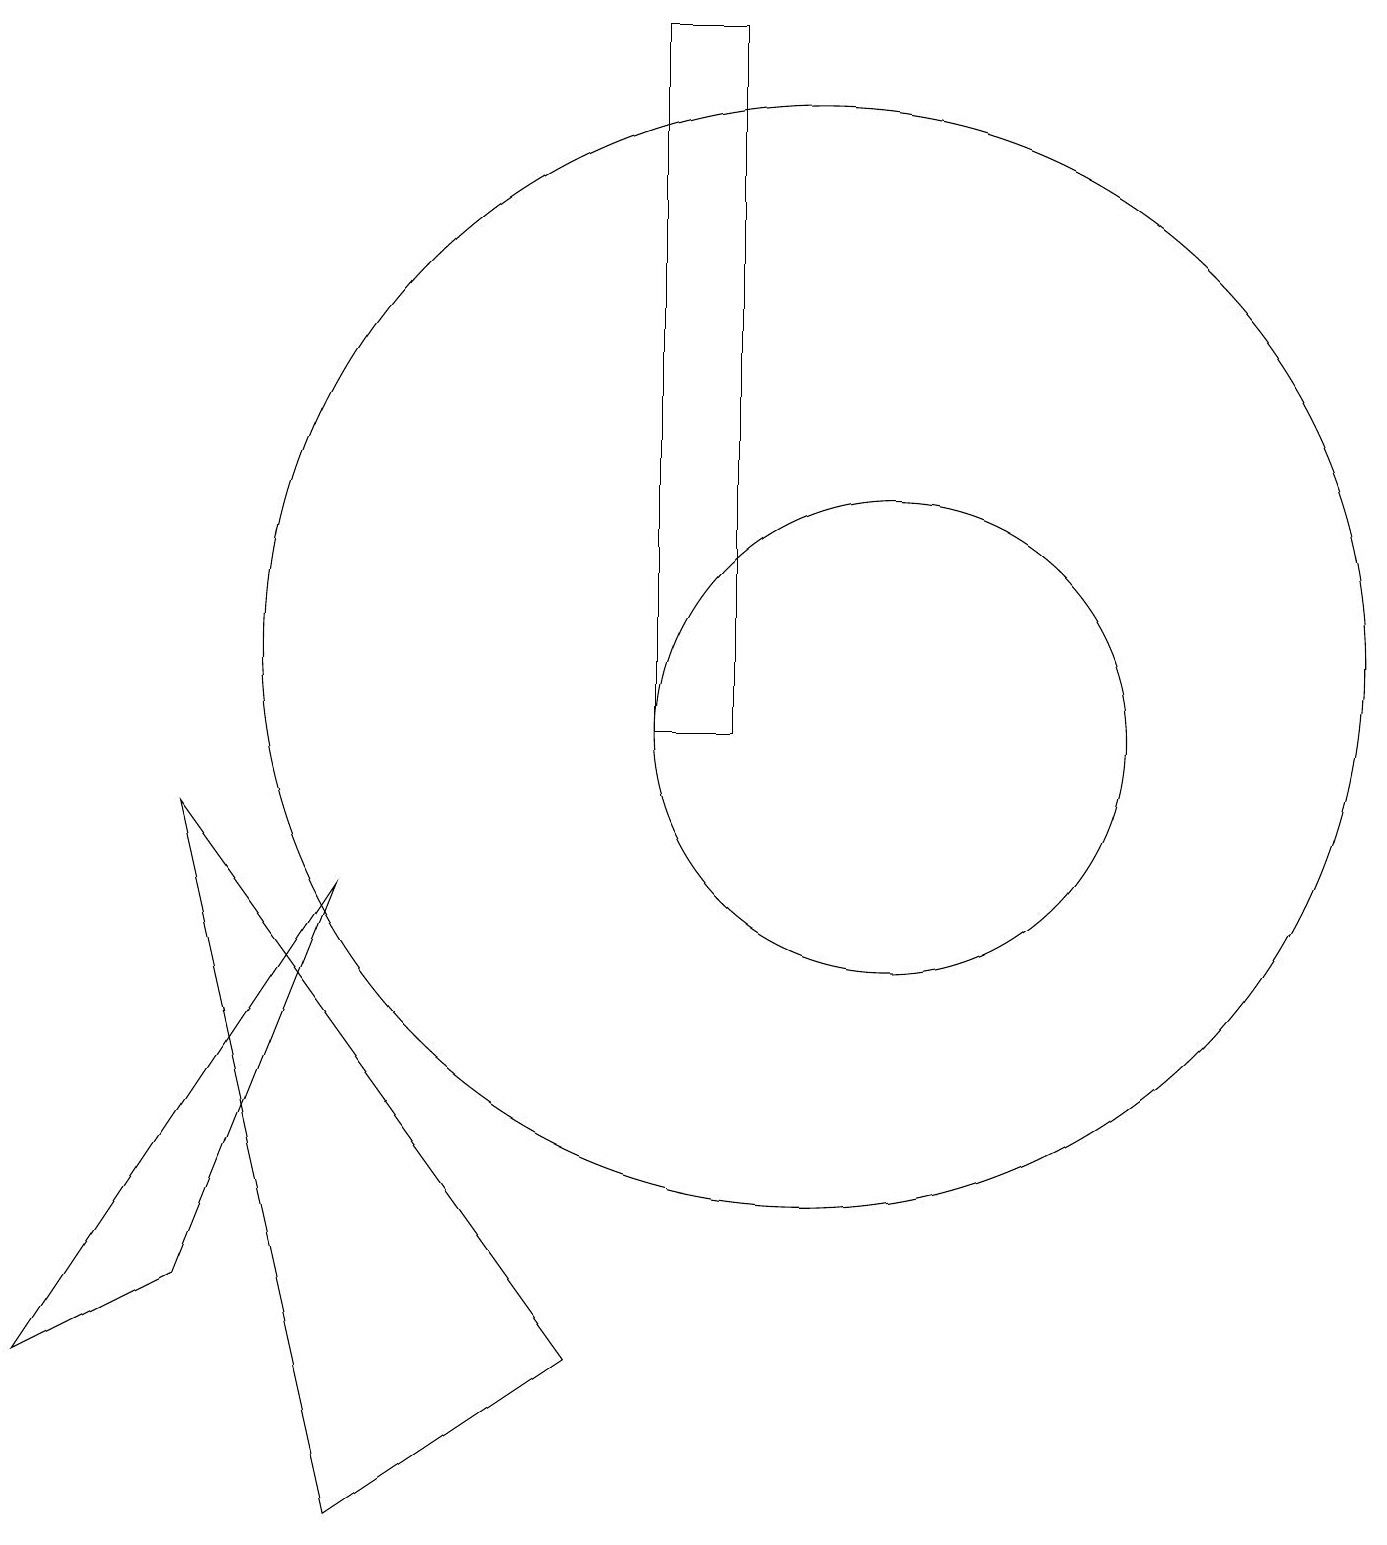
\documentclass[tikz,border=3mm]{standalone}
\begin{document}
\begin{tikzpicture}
\draw (10,11) circle (7);
\draw (2,9) -- (7,2) -- (4,0) -- cycle;
\draw (11,10) circle (3);
\draw (0,2) -- (4,8) -- (2,3) -- cycle;
\draw (9,10) rectangle (8,19);
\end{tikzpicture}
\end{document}